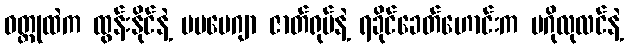
ဝတ္ထုထဲက ထွန်းနိုင်နဲ့ မမမေဂျာ ဇာတ်ရုပ်နဲ့ ရခိုင်ခေတ်ဟောင်းက မဂိုလုလင်နဲ့